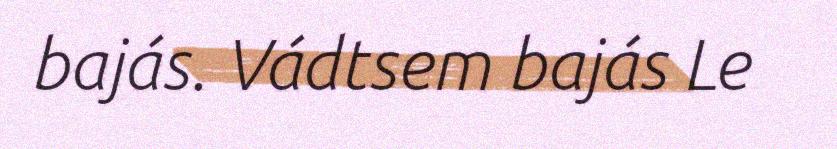
bajás. Vádtsem bajás Le